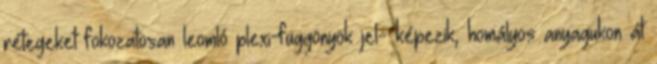
rétegeket fokozatosan leomló plexi-függönyök jel- képezik, homályos anyagukon át